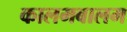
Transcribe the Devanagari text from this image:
कालमबालम